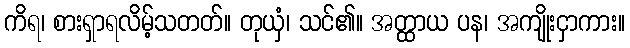
ကိရ၊ စားရှာရလိမ့်သတတ်။ တုယှံ၊ သင်၏။ အတ္ထာယ ပန၊ အကျိုးငှာကား။